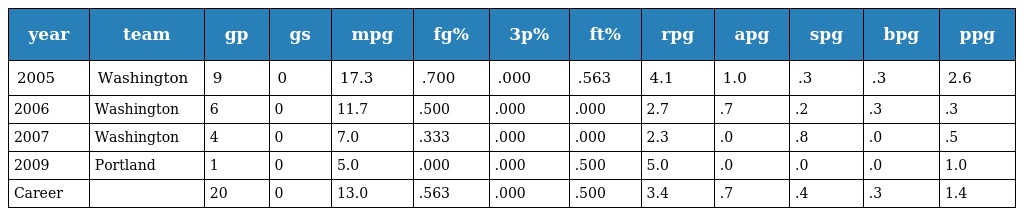
| year | team | gp | gs | mpg | fg% | 3p% | ft% | rpg | apg | spg | bpg | ppg |
 | --- | --- | --- | --- | --- | --- | --- | --- | --- | --- | --- | --- | --- |
 | 2005 | Washington | 9 | 0 | 17.3 | .700 | .000 | .563 | 4.1 | 1.0 | .3 | .3 | 2.6 |
 | 2006 | Washington | 6 | 0 | 11.7 | .500 | .000 | .000 | 2.7 | .7 | .2 | .3 | .3 |
 | 2007 | Washington | 4 | 0 | 7.0 | .333 | .000 | .000 | 2.3 | .0 | .8 | .0 | .5 |
 | 2009 | Portland | 1 | 0 | 5.0 | .000 | .000 | .500 | 5.0 | .0 | .0 | .0 | 1.0 |
 | Career |  | 20 | 0 | 13.0 | .563 | .000 | .500 | 3.4 | .7 | .4 | .3 | 1.4 |